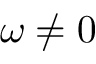
\omega \neq 0